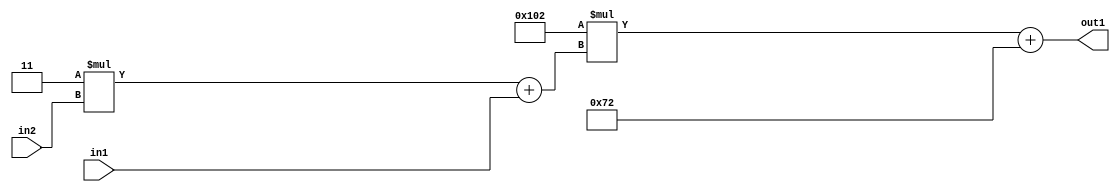
`timescale 1ps / 1ps
/*****************************************************************************
    Verilog RTL Description
    
    
    Created by: Stratus DpOpt 2019.1.01 
*******************************************************************************/

module DC_Filter_Add2i114Mul2i258Add2u1Mul2i3u2_4 (
	in2,
	in1,
	out1
	); /* architecture "behavioural" */ 
input [1:0] in2;
input  in1;
output [11:0] out1;
wire [11:0] asc001;
wire [3:0] asc002;

wire [3:0] asc002_tmp_0;
assign asc002_tmp_0 = 
	+(4'B0011 * in2);
assign asc002 = asc002_tmp_0
	+(in1);

wire [11:0] asc001_tmp_1;
assign asc001_tmp_1 = 
	+(12'B000100000010 * asc002);
assign asc001 = asc001_tmp_1
	+(12'B000001110010);

assign out1 = asc001;
endmodule

/* CADENCE  v7XzQgE= : u9/ySgnWtBlWxVPRXgAZ4Og= ** DO NOT EDIT THIS LINE ******/